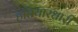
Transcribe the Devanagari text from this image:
हतियारधारी